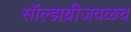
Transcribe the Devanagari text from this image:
सॉल्झब्रीजवळच